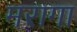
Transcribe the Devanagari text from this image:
मरागा